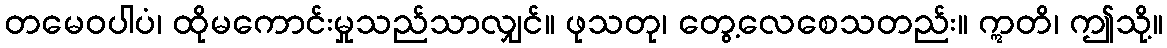
တမေဝပါပံ၊ ထိုမကောင်းမှုသည်သာလျှင်။ ဖုသတု၊ တွေ့လေစေသတည်း။ ဣတိ၊ ဤသို့။